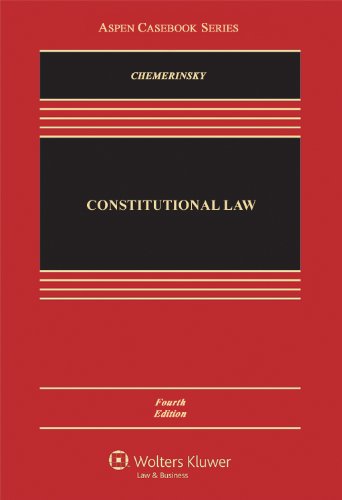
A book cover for Constitutional Law, Fourth Edition (Aspen Casebook); Erwin Chemerinsky; Law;